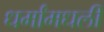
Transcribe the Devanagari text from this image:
धर्मांमधली